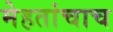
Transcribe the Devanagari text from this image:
मेहतांचाच